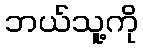
ဘယ်သူ့ကို